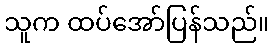
သူက ထပ်အော်ပြန်သည်။